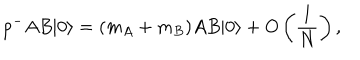
p ^ { - } A B | 0 \rangle = ( m _ { A } + m _ { B } ) A B | 0 \rangle + O \left( \frac { 1 } { N } \right) ,